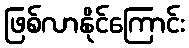
ဖြစ်လာနိုင်ကြောင်း